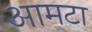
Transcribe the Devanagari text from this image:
आमटा